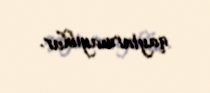
qaytarmayıblar.